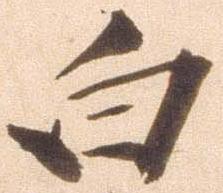
白